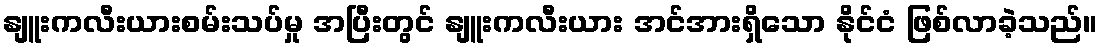
နျူးကလီးယားစမ်းသပ်မှု အပြီးတွင် နျူးကလီးယား အင်အားရှိသော နိုင်ငံ ဖြစ်လာခဲ့သည်။